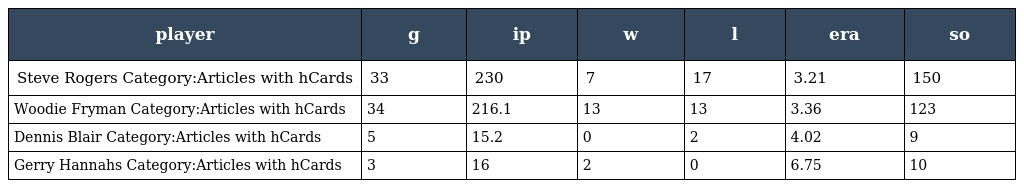
| player | g | ip | w | l | era | so |
 | --- | --- | --- | --- | --- | --- | --- |
 | Steve Rogers Category:Articles with hCards | 33 | 230 | 7 | 17 | 3.21 | 150 |
 | Woodie Fryman Category:Articles with hCards | 34 | 216.1 | 13 | 13 | 3.36 | 123 |
 | Dennis Blair Category:Articles with hCards | 5 | 15.2 | 0 | 2 | 4.02 | 9 |
 | Gerry Hannahs Category:Articles with hCards | 3 | 16 | 2 | 0 | 6.75 | 10 |